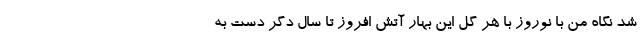
شد نگاه من با نوروز با هر گل این بهار آتش افروز تا سال دگر دست به